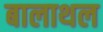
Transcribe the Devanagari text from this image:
बालाथल